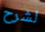
لشرح